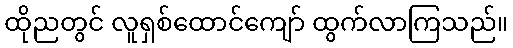
ထိုညတွင် လူရှစ်ထောင်ကျော် ထွက်လာကြသည်။